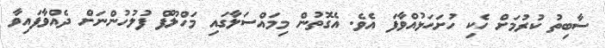
ސާބިތު ކުރުމަށް ހެކި ހުށަހަޅުއްވާފަ އެވެ. އެގޮތުން މިމައްސަލާގައި މަހްލޫފް ފުލުހުންނަށް ދެއްވާފައިވާ